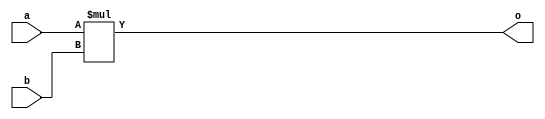
/*
 * State variable filter:
 *  Ref: Musical applications of microprocessors - Chamberlain: pp489+
 *
 * NOTE: this filter should be functionally equivalent to filter_svh, except
 *       that it is pipelined, and requires a higher frequency clock as well
 *       as the sample clock.
 *
 *       This implementation uses only a single 18*18 multiplier, rather than
 *       3, so should save a lot in terms of gate count.
 *
 *       The downside is that the filter takes 4 clock cycles for each sample.
 *
 * This filter provides high-pass, low-pass, band-pass and notch-pass outputs.
 *
 * Tuning parameters are F (frequency), and Q1 of the filter.
 *
 * The relation between F, the cut-off frequency Fc,
 * and the sampling rate, Fs, is approximated by the formula:
 *
 * F = 2*Fc/Fs
 *
 * F is a 1.19 fixed-point value, and at a sample rate of 250kHz,
 * F ranges from approximately 0.00050 (10Hz) -> ~0.55 (22kHz).
 *
 * Q1 controls the Q (resonance) of the filter.  Q1 is equivalent to 1/Q.
 * Q1 ranges from 2 (corresponding to a Q value of 0.5) down to 0 (Q = infinity)
 */

 /* multiplier module */
 module smul_18x18 (
   input signed [19:0] a,
   input signed [19:0] b,
   output reg signed [39:0] o
 );
   always @(*) begin
    o = a * b;
   end
 endmodule

module parametericfilter #(
  parameter BITSIZE = 16
)(
  input wire clk,
  input wire sample_clk,
  input wire signed [BITSIZE-1:0] in,
  output reg signed [BITSIZE-1:0] out_highpass,
  output reg signed [BITSIZE-1:0] out_lowpass,
  output reg signed [BITSIZE-1:0] out_bandpass,
  output reg signed [BITSIZE-1:0] out_notch,
  input wire signed [19:0] F,  /* F1: frequency control; fixed point 1.19  ; F = 2sin(*Fc/Fs).  At a sample rate of 250kHz, F ranges from 0.00050 (10Hz) -> ~0.55 (22kHz) */
  input wire signed [19:0] Q1  /* Q1: Q control;         fixed point 2.16  ; Q1 = 1/Q        Q1 ranges from 2 (Q=0.5) to 0 (Q = infinity). */
);


  reg signed[BITSIZE+2:0] highpass;
  reg signed[BITSIZE+2:0] lowpass;
  reg signed[BITSIZE+2:0] bandpass;
  reg signed[BITSIZE+2:0] notch;
  reg signed[BITSIZE+2:0] in_sign_extended;

  localparam signed [BITSIZE+2:0] MAX = (2**(BITSIZE-1))-1;
  localparam signed [BITSIZE+2:0] MIN = -(2**(BITSIZE-1));

  `define CLAMP(x) ((x>MAX)?MAX:((x<MIN)?MIN:x[BITSIZE-1:0]))

  // intermediate values from multipliers
  reg signed [39:0] Q1_scaled_delayed_bandpass;
  reg signed [39:0] F_scaled_delayed_bandpass;
  reg signed [39:0] F_scaled_highpass;

  reg signed [19:0] mul_a, mul_b;
  wire signed [39:0] mul_out;

  smul_18x18 multiplier(.a(mul_a), .b(mul_b), .o(mul_out));

  reg prev_sample_clk;
  reg [2:0] state;

  initial begin
    state = 3'd3;
    in_sign_extended = 0;
    prev_sample_clk = 0;
    highpass = 0;
    lowpass = 0;
    bandpass = 0;
    notch = 0;
  end

  always @(posedge clk) begin
    prev_sample_clk <= sample_clk;
    if (!prev_sample_clk && sample_clk) begin
      // sample clock has gone high, send out previously computed sample
      out_highpass <= `CLAMP(highpass);
      out_lowpass <= `CLAMP(lowpass);
      out_bandpass <= `CLAMP(bandpass);
      out_notch <= `CLAMP(notch);

      // also clock in new sample, and kick off state machine
      in_sign_extended <= { in[BITSIZE-1], in[BITSIZE-1], in[BITSIZE-1], in};
      mul_a <= bandpass;
      mul_b <= Q1;
      state <= 3'd0;
    end

    case (state)
      3'd0: begin
              // Q1_scaled_delayed_bandpass = (bandpass * Q1) >>> 16;
              Q1_scaled_delayed_bandpass <= (mul_out >> 16);
              mul_b <= F;
              state <= 3'd1;
            end
      3'd1: begin
              // F_scaled_delayed_bandpass = (bandpass * F) >>> 19;
              F_scaled_delayed_bandpass = (mul_out >> 19);
              lowpass = lowpass + F_scaled_delayed_bandpass[BITSIZE+2:0];
              highpass = in_sign_extended - lowpass - Q1_scaled_delayed_bandpass[BITSIZE+2:0];
              mul_a <= highpass;
              state <= 3'd2;
            end
      3'd2: begin
              F_scaled_highpass = mul_out >> 19;
              bandpass <= F_scaled_highpass[BITSIZE+2:0] + bandpass;
              notch <= highpass + lowpass;
              state <= 3'd3;
            end
    endcase
  end

endmodule